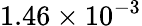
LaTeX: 1.46\times 10^{-3}